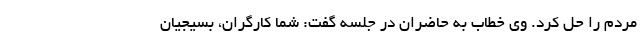
مردم را حل کرد. وی خطاب به حاضران در جلسه گفت: شما کارگران، بسیجیان